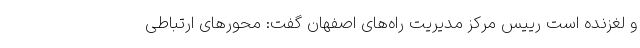
و لغزنده است رییس مرکز مدیریت راه‌های اصفهان گفت: محورهای ارتباطی